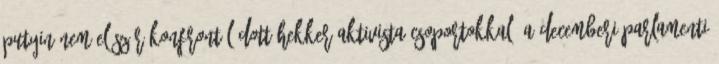
Putyin nem először konfrontálódott hekker-aktivista csoportokkal: a decemberi parlamenti